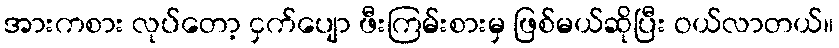
အားကစား လုပ်တော့ ငှက်ပျော ဖီးကြမ်းစားမှ ဖြစ်မယ်ဆိုပြီး ဝယ်လာတယ်။